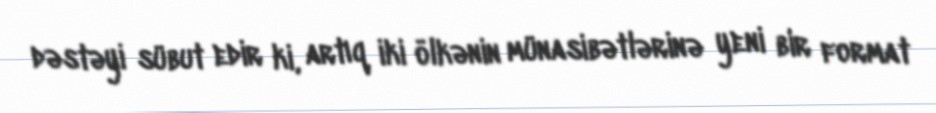
dəstəyi sübut edir ki, artıq iki ölkənin münasibətlərinə yeni bir format